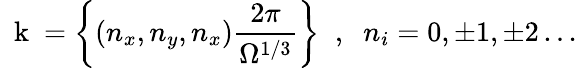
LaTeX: \mathrm{~\mathbf~k~}=\left\{ (n_{x},n_{y},n_{x})\frac{2\pi}{\Omega^{1/3}}\right\} \; \; ,\; \; n_{i}=0,\pm 1,\pm 2\, ...